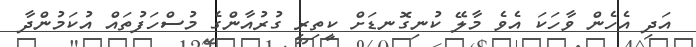
އަދި އެހެން ވާހަކަ އެވެ މާލޭ ކުނިގޮނޑަށް ކީތިރި ގުރުއާންގެ މުސްހަފުތައް އުކަމުންދާ